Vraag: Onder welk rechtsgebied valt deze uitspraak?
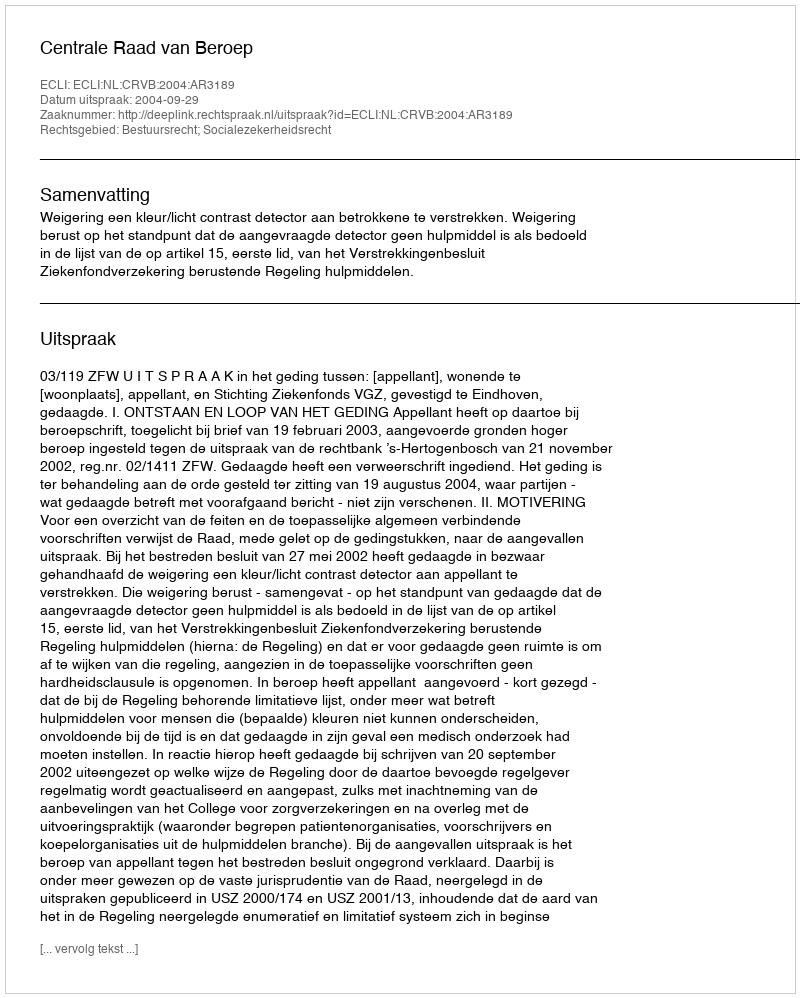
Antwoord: Bestuursrecht; Socialezekerheidsrecht